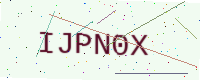
Text: IJPN0X